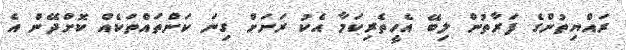
ރައްޔިތުންގެ ފަރާތުން ލިބޭ އެހީތެރިކަމާ އެކު ރަށަށް ގިނަ ކަންތައްތަކެއް ކޮށްދޭން އެ